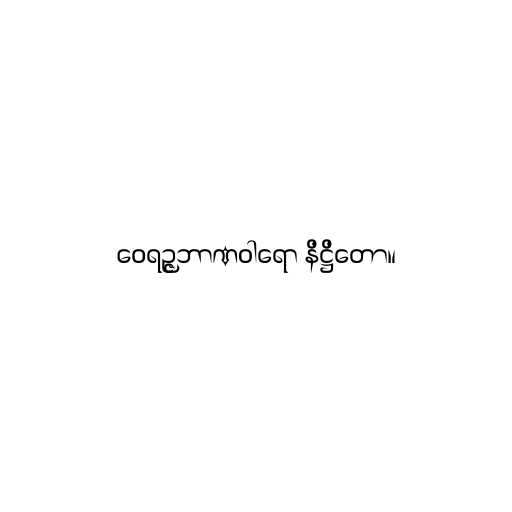
ဝေရဉ္ဇဘာဏဝါရော နိဋ္ဌိတော။